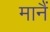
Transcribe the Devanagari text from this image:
मानैं